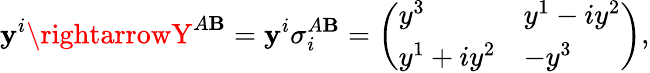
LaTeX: \mathbf{y}^{i}\rightarrowY^{A\mathbf{B}}=\mathbf{y}^{i}\sigma_{i}^{A\mathbf{B}}=\left(\begin{array}{ll}{{y^{3}}}&{{y^{1}-iy^{2}}}\\ {{y^{1}+iy^{2}}}&{{-y^{3}}}\end{array}\right),